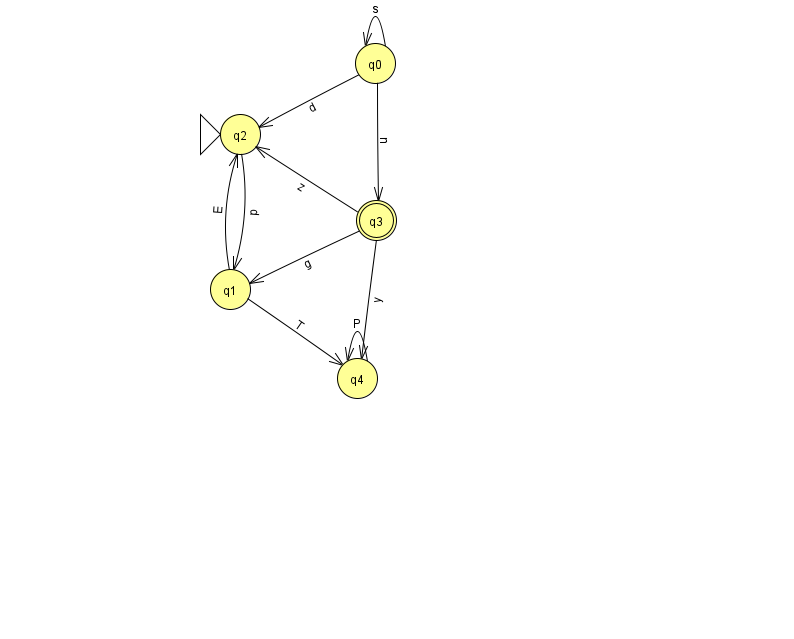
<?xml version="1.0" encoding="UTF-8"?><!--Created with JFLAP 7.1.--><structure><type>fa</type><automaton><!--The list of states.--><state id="0" name="q0"><x>375.0</x><y>50.0</y></state><state id="1" name="q1"><x>230.0</x><y>276.0</y></state><state id="2" name="q2"><x>240.0</x><y>121.0</y><initial/></state><state id="3" name="q3"><x>376.0</x><y>207.0</y><final/></state><state id="4" name="q4"><x>357.0</x><y>365.0</y></state><!--The list of transitions.--><transition><from>4</from><to>4</to><read>P</read></transition><transition><from>0</from><to>0</to><read>s</read></transition><transition><from>2</from><to>1</to><read>p</read></transition><transition><from>1</from><to>4</to><read>T</read></transition><transition><from>0</from><to>3</to><read>n</read></transition><transition><from>3</from><to>1</to><read>g</read></transition><transition><from>1</from><to>2</to><read>E</read></transition><transition><from>3</from><to>2</to><read>z</read></transition><transition><from>3</from><to>4</to><read>y</read></transition><transition><from>0</from><to>2</to><read>d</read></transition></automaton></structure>